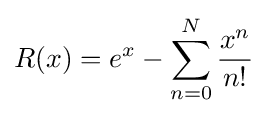
R(x)=e^{x}-\sum _{n=0}^{N}{\frac {x^{n}}{n!}}